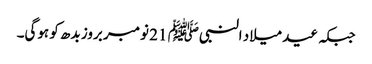
جبکہ عید میلاد النبیﷺ 21 نومبر بروز بدھ کو ہوگی۔